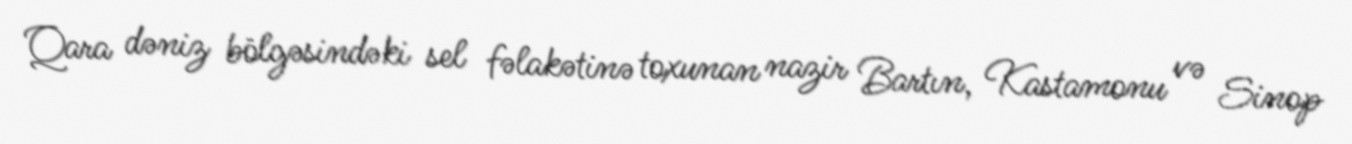
Qara dəniz bölgəsindəki sel fəlakətinə toxunan nazir Bartın, Kastamonu və Sinop